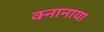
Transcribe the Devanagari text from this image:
क्नानाया